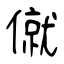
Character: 僦